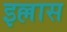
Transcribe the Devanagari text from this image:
इल्लास